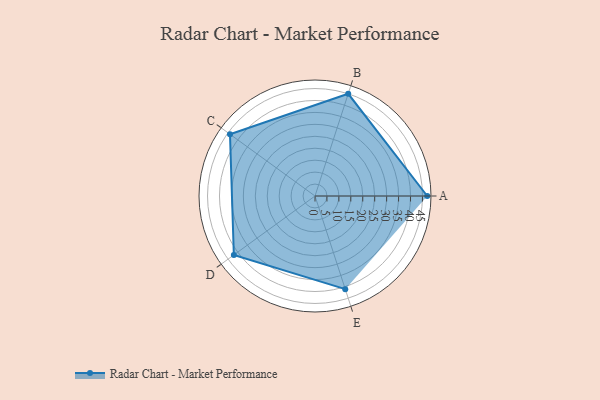
{"axis": {"x": "Skill", "y": "Score"}, "legend": ["Profile"], "data": [{"x": "A", "y": 47.0, "type": "Profile"}, {"x": "B", "y": 45.0, "type": "Profile"}, {"x": "C", "y": 44.0, "type": "Profile"}, {"x": "D", "y": 42.0, "type": "Profile"}, {"x": "E", "y": 41.0, "type": "Profile"}]}